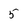
Character: 5